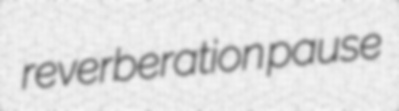
reverberation pause